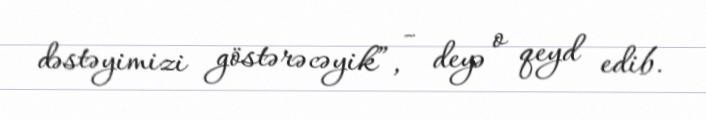
dəstəyimizi göstərəcəyik”, - deyə o qeyd edib.